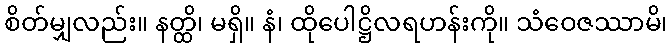
စိတ်မျှလည်း။ နတ္ထိ၊ မရှိ။ နံ၊ ထိုပေါဋ္ဌိလရဟန်းကို။ သံဝေဇဿာမိ၊